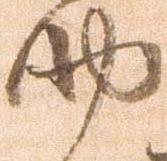
助